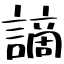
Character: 謫